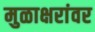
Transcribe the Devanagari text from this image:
मुळाक्षरांवर